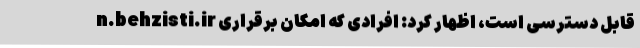
n.behzisti.ir قابل دسترسی است، اظهار کرد: افرادی که امکان برقراری